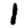
Digit: 1